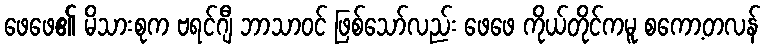
ဖေဖေ၏ မိသားစုက ဗရင်ဂျီ ဘာသာဝင် ဖြစ်သော်လည်း ဖေဖေ ကိုယ်တိုင်ကမူ စကော့တလန်